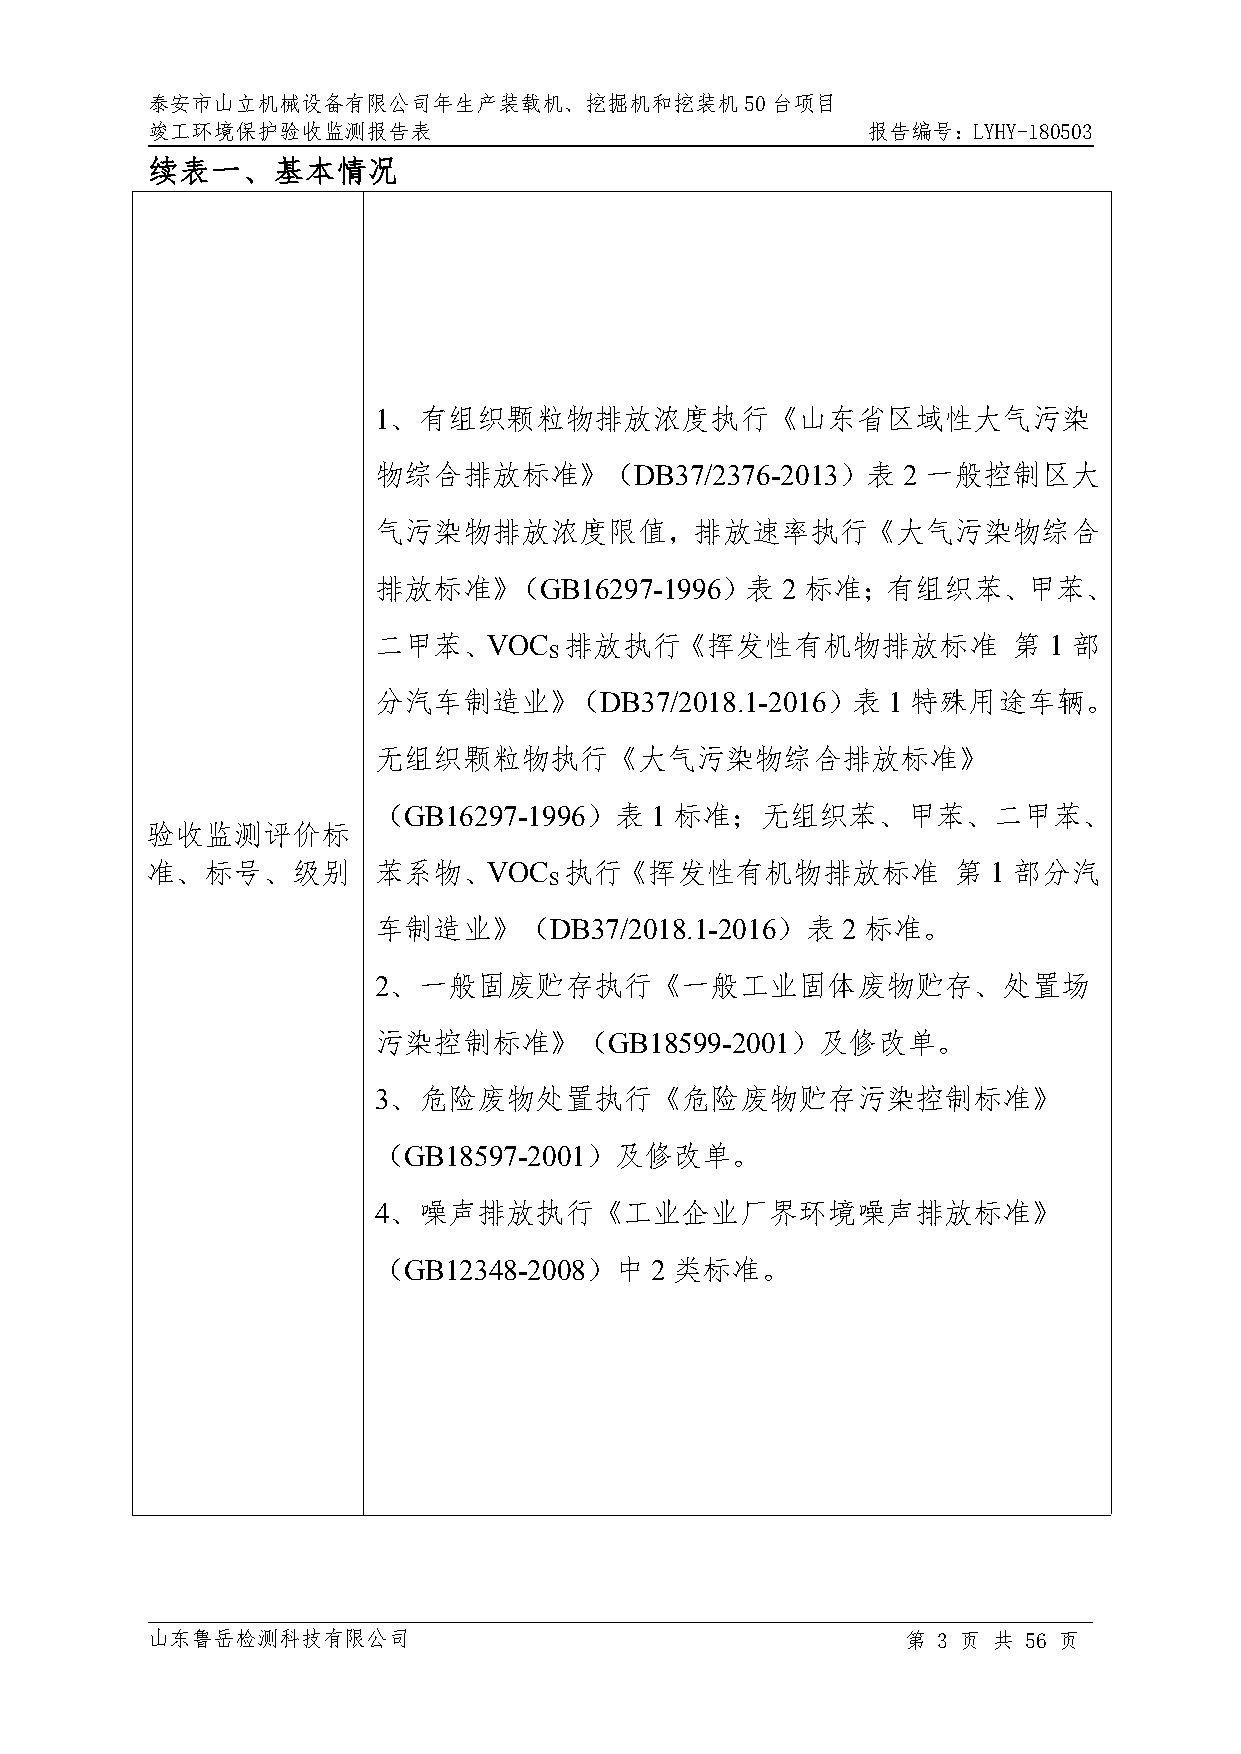
泰安市山立机械设备有限公司年生产装载机、挖掘机和挖装机50台项目
 竣工环境保护验收监测报告表                                  报告编号：LYHY-180503
 续表一、基本情况
 1、有组织颗粒物排放浓度执行《山东省区域性大气污染
 物综合排放标准》（DB37/2376-2013）表          2 一般控制区大
 气污染物排放浓度限值，排放速率执行《大气污染物综合
 排放标准》（GB16297-1996）表       2 标准；有组织苯、甲苯、
 二甲苯、VOC     排放执行《挥发性有机物排放标准               第 1 部
 S
 分汽车制造业》（DB37/2018.1-2016）表        1 特殊用途车辆。
 无组织颗粒物执行《大气污染物综合排放标准》
 （GB16297-1996）表   1 标准；无组织苯、甲苯、二甲苯、
 验收监测评价标
 准、标号、级别        苯系物、VOC     执行《挥发性有机物排放标准             第  1 部分汽
 S
 车制造业》（DB37/2018.1-2016）表       2 标准。
 2、一般固废贮存执行《一般工业固体废物贮存、处置场
 污染控制标准》（GB18599-2001）及修改单。
 3、危险废物处置执行《危险废物贮存污染控制标准》
 （GB18597-2001）及修改单。
 4、噪声排放执行《工业企业厂界环境噪声排放标准》
 （GB12348-2008）中   2 类标准。
 山东鲁岳检测科技有限公司                                      第 3 页 共 56 页